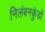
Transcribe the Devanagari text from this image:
निलंबनकुंडों